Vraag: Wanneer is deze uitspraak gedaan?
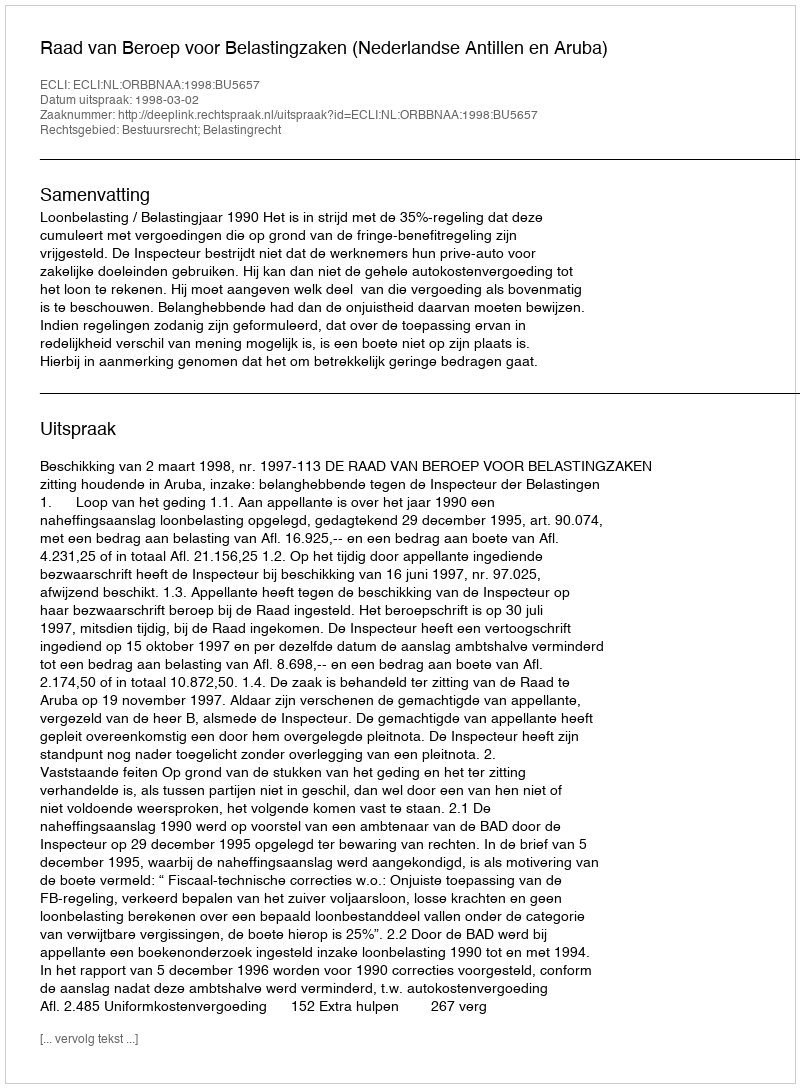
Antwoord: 1998-03-02